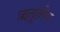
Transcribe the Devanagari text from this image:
ऋतूंतील